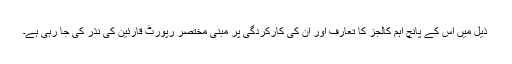
ذیل میں اس کے پانچ اہم کالجز کا تعارف اور ان کی کارکردگی پر مبنی مختصر رپورٹ قارئین کی نذر کی جا رہی ہے۔